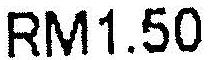
RM1.50